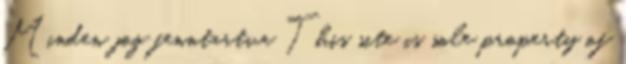
Minden jog fenntartva This site is sole property of